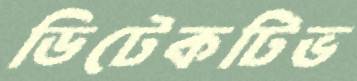
ডিটেকটিভ